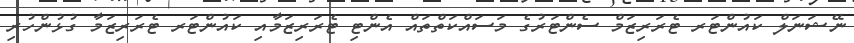
ނޭޝަނަލް ކައުންޓަރ ޓެރަރިޒަމް ސެންޓަރުގެ މަސައްކަތްތައް އެންޓި ޓެރަރިޒަމާއި ކައުންޓަރ ޓެރަރިޒަމާ ގުޅުންހުރި